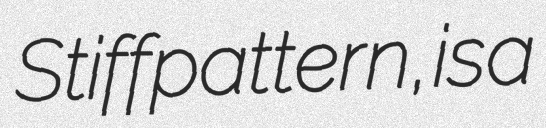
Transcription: Stiff pattern, is a